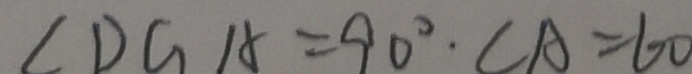
\angle D G A = 9 0 ^ { \circ } \cdot \angle A = 6 0